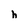
Character: h